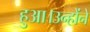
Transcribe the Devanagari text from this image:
हुआ।उन्होंने